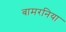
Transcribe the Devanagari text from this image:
बामरनिया